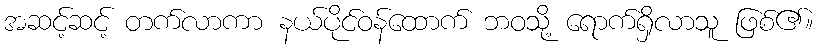
အဆင့်ဆင့် တက်လာကာ နယ်ပိုင်ဝန်ထောက် ဘဝသို့ ရောက်ရှိလာသူ ဖြစ်၏။